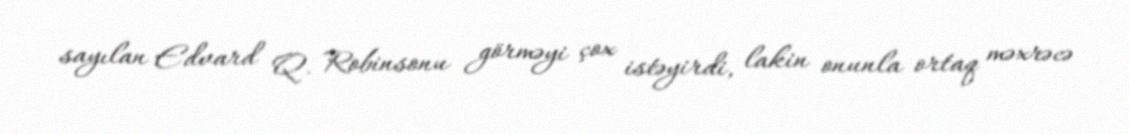
sayılan Edvard Q. Robinsonu görməyi çox istəyirdi, lakin onunla ortaq məxrəcə